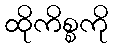
ထိုကိစ္စကို